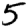
Digit: 5